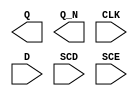
module sky130_fd_sc_hdll__sdfxbp (
    Q  ,
    Q_N,
    CLK,
    D  ,
    SCD,
    SCE
);

    output Q  ;
    output Q_N;
    input  CLK;
    input  D  ;
    input  SCD;
    input  SCE;

    // Voltage supply signals
    supply1 VPWR;
    supply0 VGND;
    supply1 VPB ;
    supply0 VNB ;

endmodule